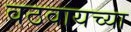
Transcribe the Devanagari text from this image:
वठवायच्या